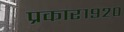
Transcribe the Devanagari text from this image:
प्रकार१९२०